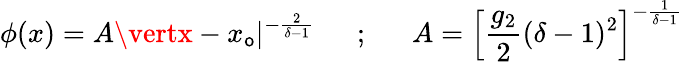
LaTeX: \phi(x)=A\vertx-x_{\mathsf{o}}\vert^{-\frac{{2}}{{\delta-1}}}~~~~~~;~~~~~~A=\left[\frac{{g_{2}}}{{2}}(\delta-1)^{2}\right]^{-\frac{{1}}{{\delta-1}}}